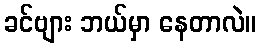
ခင်ဗျား ဘယ်မှာ နေတာလဲ။